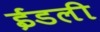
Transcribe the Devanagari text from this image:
ईडली